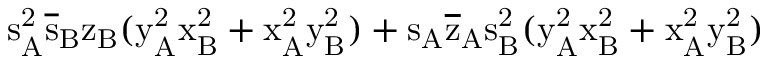
\mathrm { s _ { A } ^ { 2 } \mathrm { \overline { { s } } _ { B } \mathrm { z _ { B } ( \mathrm { y _ { A } ^ { 2 } \mathrm { x _ { B } ^ { 2 } + \mathrm { x _ { A } ^ { 2 } \mathrm { y _ { B } ^ { 2 } ) + \mathrm { s _ { A } \mathrm { \overline { { z } } _ { A } \mathrm { s _ { B } ^ { 2 } ( \mathrm { y _ { A } ^ { 2 } \mathrm { x _ { B } ^ { 2 } + \mathrm { x _ { A } ^ { 2 } \mathrm { y _ { B } ^ { 2 } ) } } } } } } } } } } } } } }